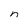
Character: n